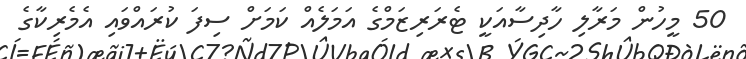
50 މީހުން މަރާލި ހާދިސާއަކީ ޓެރަރިޒަމްގެ އަމަލެއް ކަމަށް ސިފަ ކުރައްވައި އެމެރިކާގެ